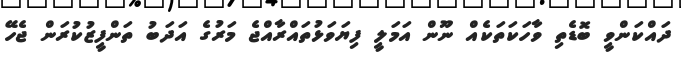
ދައްކަންވީ ބޮޑެތި ވާހަކަތަކެއް ނޫން އަމަލީ ފިޔަވަޅުތައްރާއްޖެ މަރުގެ އަދަބު ތަންފީޒުކުރަން ޖެހޭ